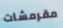
مقرمشات